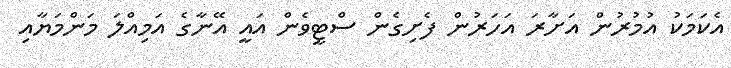
އެކަމަކު އުމުރުން އަށާރަ އަހަރުން ފެށިގެން ސްޓީވެން އައީ އޭނާގެ އަމިއްލަ މަންމަޔާއި